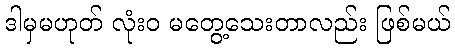
ဒါမှမဟုတ် လုံးဝ မတွေ့သေးတာလည်း ဖြစ်မယ်